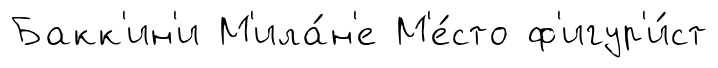
Бакк'ин'и М'ила́н'е М'е́сто ф'игур'и́ст